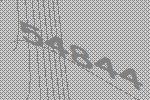
54844